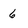
Character: 6